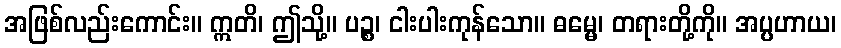
အဖြစ်လည်းကောင်း။ ဣတိ၊ ဤသို့။ ပဉ္စ၊ ငါးပါးကုန်သော။ ဓမ္မေ၊ တရားတို့ကို။ အပ္ပဟာယ၊